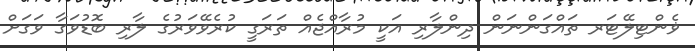
ޥެންޓިލޭޓަރ ތައްގަންނަން ދިންލާރި އަކީ މުރާއްޖެއް ތަރަގީ ކުރެވޭވަރުގެ ލާރި ބޮޑުވަގާ ވަގަށް